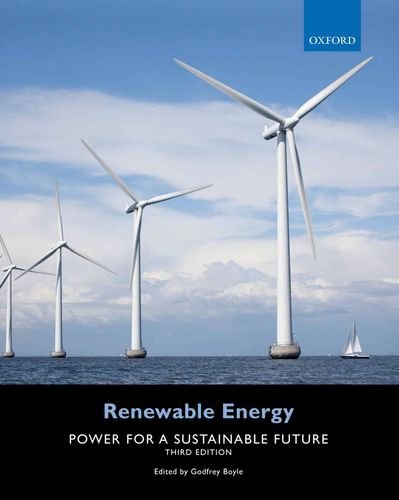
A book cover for Renewable Energy: Power for a Sustainable Future; Godfrey Boyle; Engineering & Transportation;